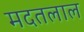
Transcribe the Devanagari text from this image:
मदतलाल